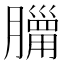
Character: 𦡓